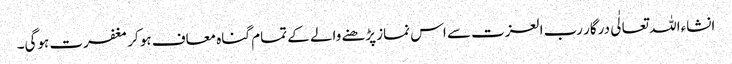
انشاءاللہ تعالٰی درگار رب العزت سے اس نماز پڑھنے والے کے تمام گناہ معاف ہو کر مغفرت ہوگی۔